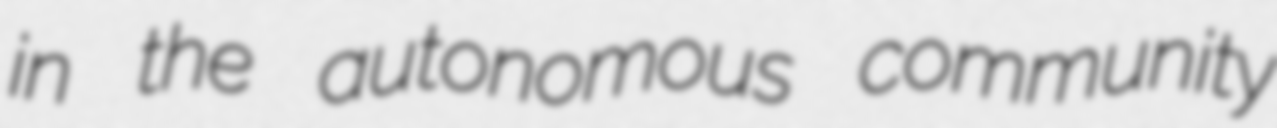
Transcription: in the autonomous community